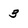
Character: 3